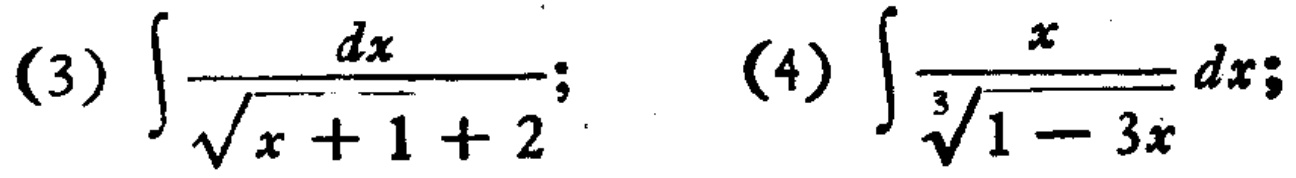
(3) \(\int\frac{dx}{\sqrt{x + 1}+2}\); (4) \(\int\frac{x}{\sqrt[3]{1 - 3x}}dx\)